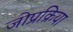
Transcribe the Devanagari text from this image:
जोप्रक्रिया